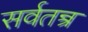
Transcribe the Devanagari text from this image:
सर्वतन्त्र